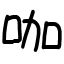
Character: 咖